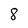
Character: 8